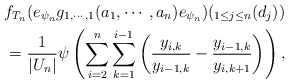
\begin{align*} f_{T_n}(e_{\psi_n}g_{1,\cdots, 1}(a_1,\cdots,a_n)e_{\psi_n})(_{1\leq j\leq n}(d_j)) \\ =\frac{1}{|U_n|}\psi\left(\sum_{i=2}^n\sum_{k=1}^{i-1}\left(\frac{y_{i,k}}{y_{i-1,k}}-\frac{y_{i-1,k}}{y_{i,k+1}}\right)\right),\end{align*}